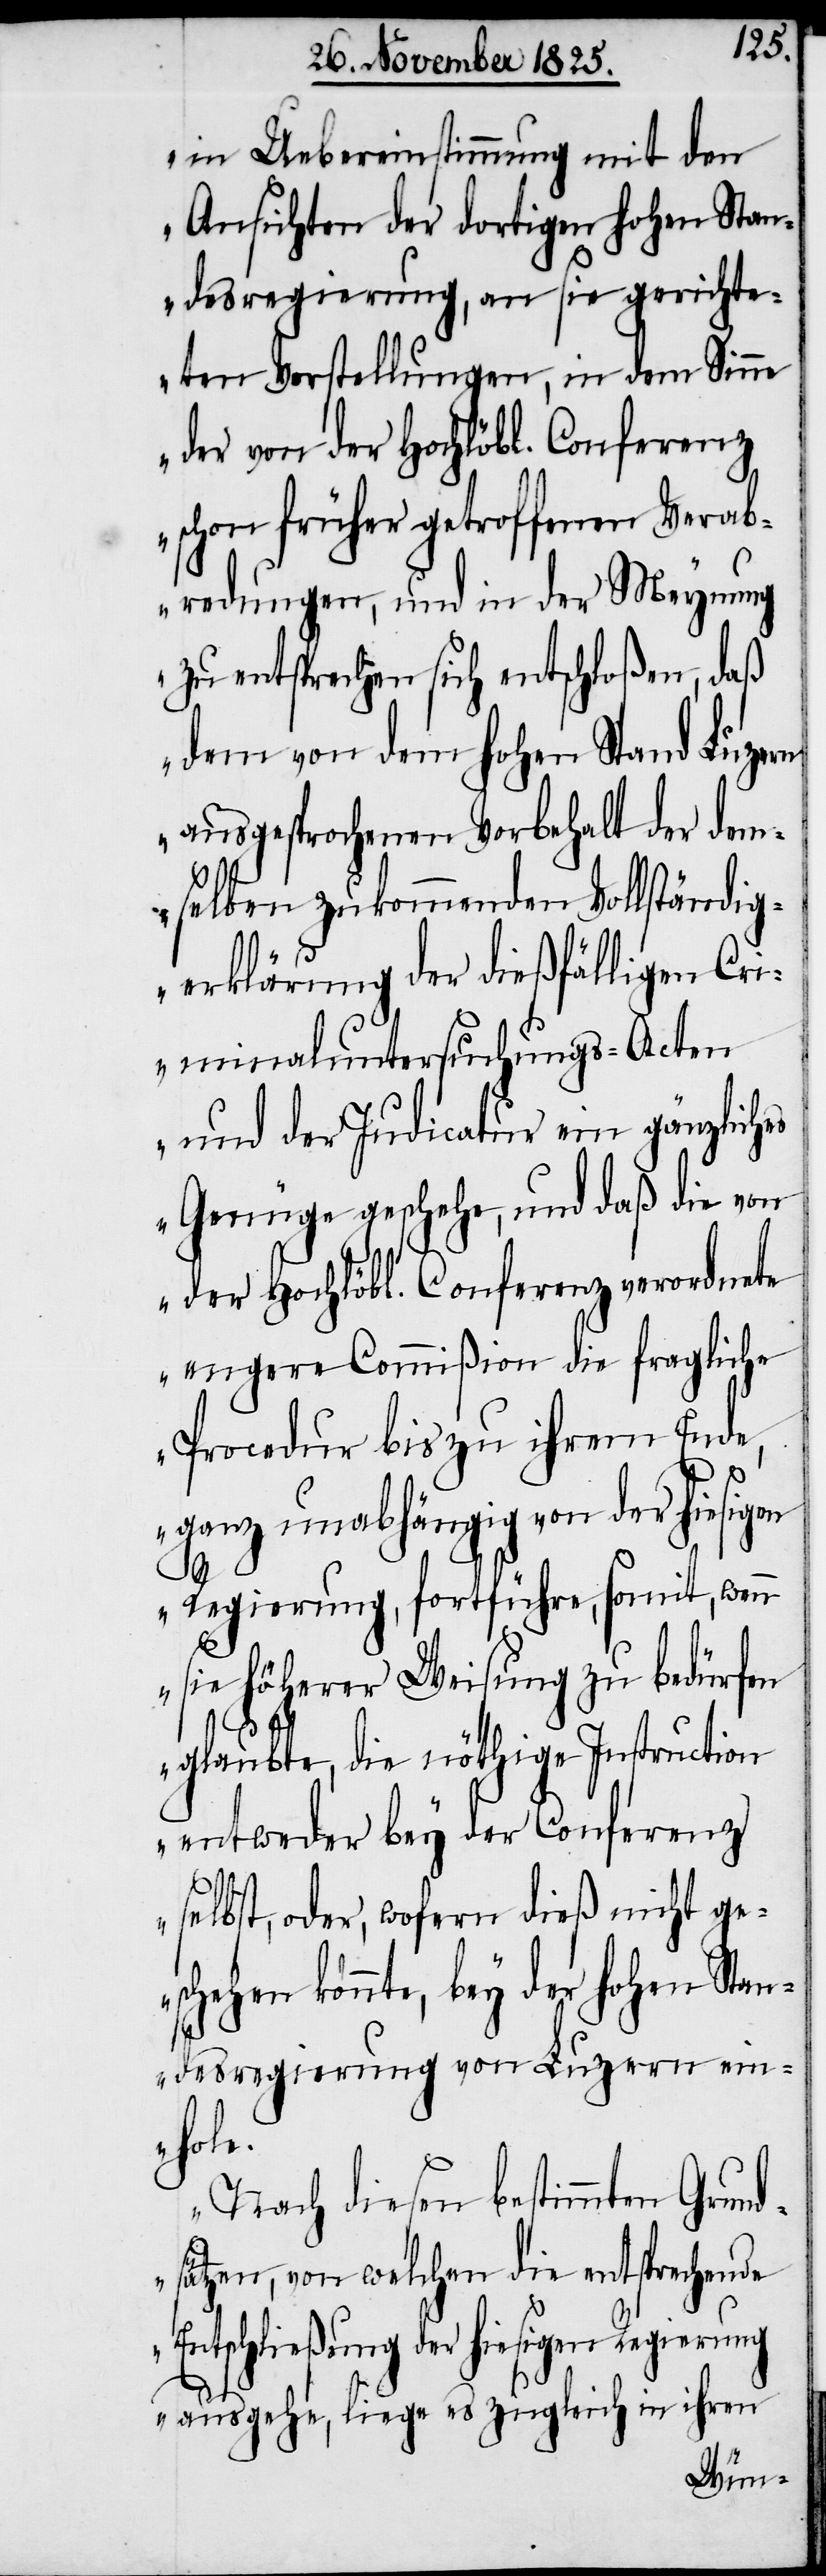
in Uebereinstimmung mit den
Ansichten der dortigen hohen Stan¬
desregierung, an sie gerichte¬
ten Vorstellungen, in dem Sinne
der von der Hochlöbl. Conferenz
schon früher getroffenen Verab¬
redungen, und in der Meynung
zu entsprechen sich entschloßen, daß
dem von dem hohen Stand Luzern
ausgesprochenen Vorbehalt der dem¬
selben zukommenden Vollständig¬
erklärung der dießfälligen Cri¬
minaluntersuchungs-Acten
und der Judicatur ein gänzliches
Genüge geschehe, und daß die von
der Hochlöbl. Conferenz verordnete
engere Commißion die fragliche
Procedur bis zu ihrem Ende,
ganz unabhängig von der hiesigen
Regierung, fortführe, somit, wenn
sie höherer Weisung zu bedürfen
glaubte, die nöthige Instruction
entweder bey der Conferenz
selbst, oder, wofern dieß nicht ge¬
schehen konnte, bey der hohen Stan¬
desregierung von Luzern ein¬
hole.
Nach diesen bestimmten Grund¬
sätzen, von welchen die entsprechende
Entschließung der hiesigen Regierung
ausgehe, liege es zugleich in ihren